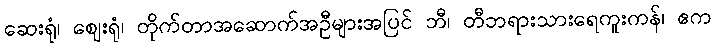
ဆေးရုံ၊ ဈေးရုံ၊ တိုက်တာအဆောက်အဦများအပြင် ဘီ၊ တီဘရားသားရေကူးကန်၊ ဧက